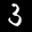
Label: 3